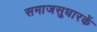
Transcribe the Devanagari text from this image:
समाजसुधारकें